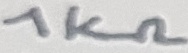
Text: 1KΩ